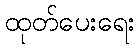
ထုတ်ပေးရေး